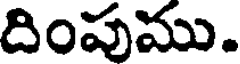
దింపుము.